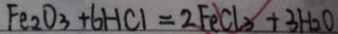
F e _ { 2 } O _ { 3 } + 6 H C l = 2 F e C l _ { 3 } + 3 H _ { 2 } O